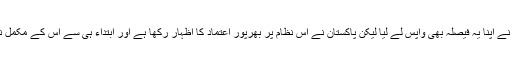
بعد ازاں آئی سی سی نے اپنا یہ فیصلہ بھی واپس لے لیا لیکن پاکستان نے اس نظام پر بھرپور اعتماد کا اظہار رکھا ہے اور ابتداء ہی سے اس کے مکمل نفاذ کا حامی رہا ہے۔